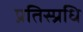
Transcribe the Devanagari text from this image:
प्रतिस्प्रधि